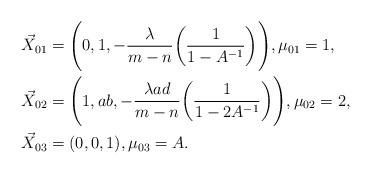
LaTeX: \begin{align*} \vec{X}_{01} &= \Bigg(0 , 1 , - \frac{\lambda}{m-n} \bigg(\frac{1}{1- A^{-1}} \bigg)\Bigg), \mu_{01}=1,\\ \vec{X}_{02} &= \Bigg( 1 , ab , - \frac{\lambda ad}{m-n} \bigg(\frac{1}{1- 2A^{-1}} \bigg)\Bigg), \mu_{02}=2,\\ \vec{X}_{03} &= (0 , 0 , 1), \mu_{03}= A.\end{align*}